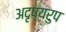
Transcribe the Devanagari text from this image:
अदृष्यरुप